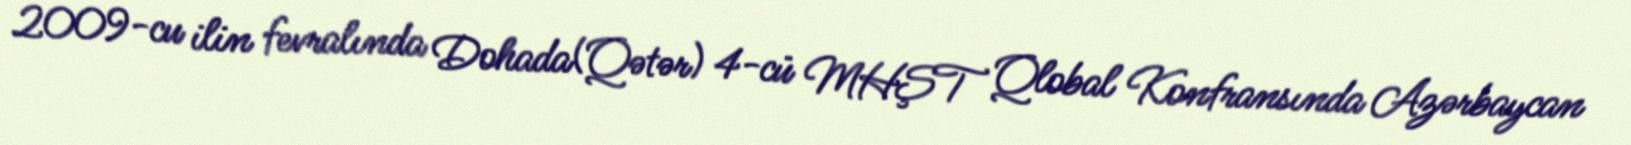
2009-cu ilin fevralında Dohada(Qətər) 4-cü MHŞT Qlobal Konfransında Azərbaycan